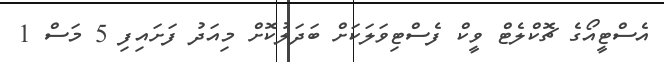
އެސްޓީއޯގެ ޗޮކްލެޓް ވީކް ފެސްޓިވަލަކަށް ބަދަލުކޮށް މިއަދު ފަށައިފި 5 މަސް 1